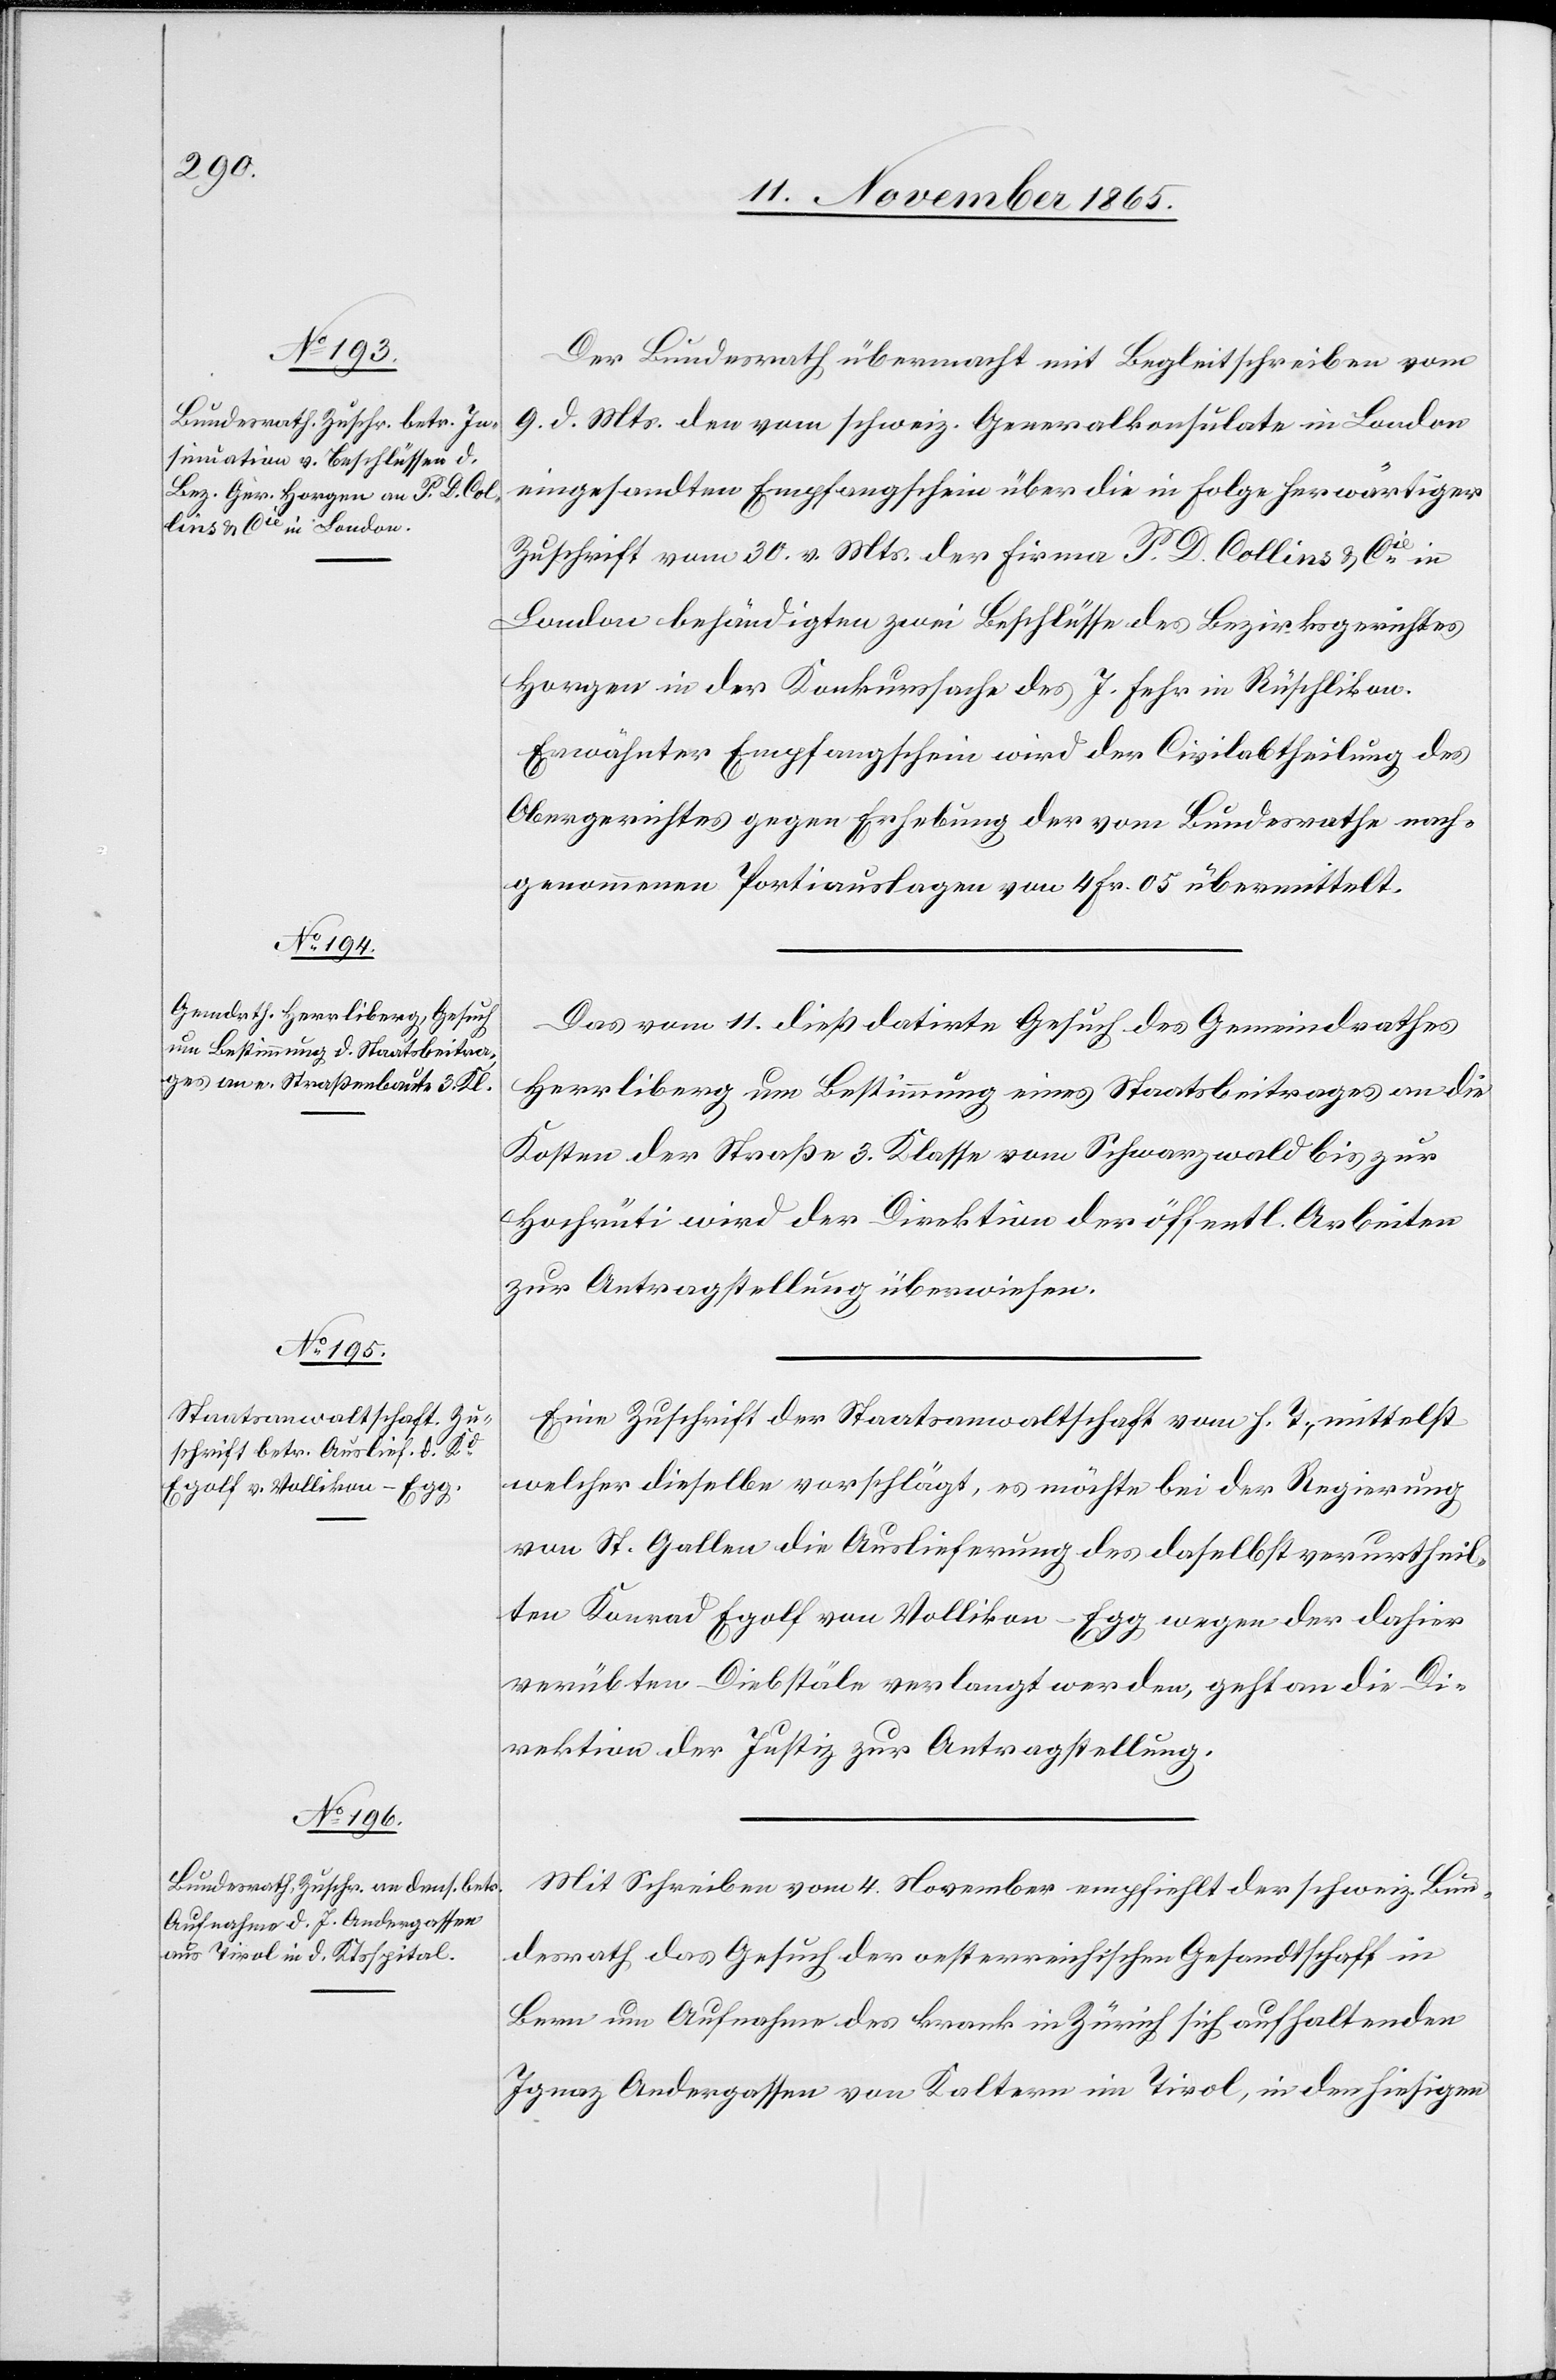
13. November 1865.]
Der Bundesrath übermacht mit Begleitschreiben vom
9. d. Mts. den vom schweiz. Generalkonsulate in London
eingesandten Empfangschein über die in Folge herwärtiger
Zuschrift vom 30. v. Mts. der Firma P. D. Collins & Cie in
London behändigten zwei Beschlüsse des Bezirksgerichtes
Horgen in der Konkurssache des J. Fehr in Rüschlikon.
Erwähnter Empfangschein wird der Civilabtheilung des
Obergerichtes gegen Erhebung der vom Bundesrathe nach¬
genommenen Portiauslagen von 4 Fr. 05 übermittelt.
Das vom 11. dieß datirte Gesuch des Gemeindrathes
Herrliberg um Bestimmung eines Staatsbeitrages an die
Kosten der Straße 3. Klasse vom Schwarzwald bis zur
Hochrüti wird der Direktion der öffentl. Arbeiten
zur Antragstellung überwiesen.
Eine Zuschrift der Staatsanwaltschaft vom h. T., mittelst
welcher dieselbe vorschlägt, es möchte bei der Regierung
von St. Gallen die Auslieferung des daselbst verurtheil¬
ten Konrad Eglof von Vollikon - Egg wegen der dahier
verübten Diebstäle verlangt werden, geht an die Di¬
rektion der Justiz zur Antragstellung.
Mit Schreiben vom 4. November empfiehlt der schweiz. Bun¬
desrath das Gesuch der oesterreichischen Gesandtschaft in
Bern um Aufnahme des krank in Zürich sich aufhaltenden
Ignaz Andergassen von Kaltern im Tirol, in den hiesigen